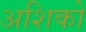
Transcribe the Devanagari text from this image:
अशिको